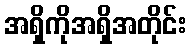
အရှိကိုအရှိအတိုင်း